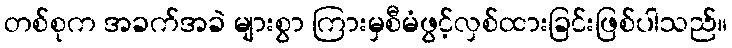
တစ်စုက အခက်အခဲ များစွာ ကြားမှစီမံဖွင့်လှစ်ထားခြင်းဖြစ်ပါသည်။